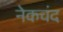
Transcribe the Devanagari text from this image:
नेकचंद